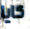
كايا